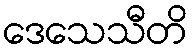
ဒေသေသီတိ